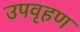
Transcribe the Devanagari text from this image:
उपवृहण